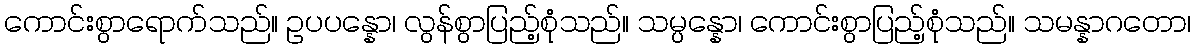
ကောင်းစွာရောက်သည်။ ဥပပန္နော၊ လွန်စွာပြည့်စုံသည်။ သမ္ပန္နော၊ ကောင်းစွာပြည့်စုံသည်။ သမန္နာဂတော၊